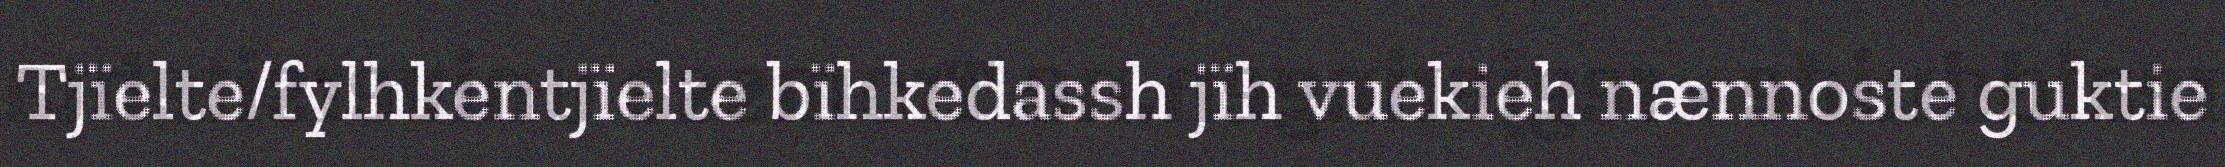
Tjïelte/fylhkentjïelte bïhkedassh jïh vuekieh nænnoste guktie